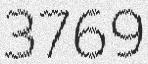
3769